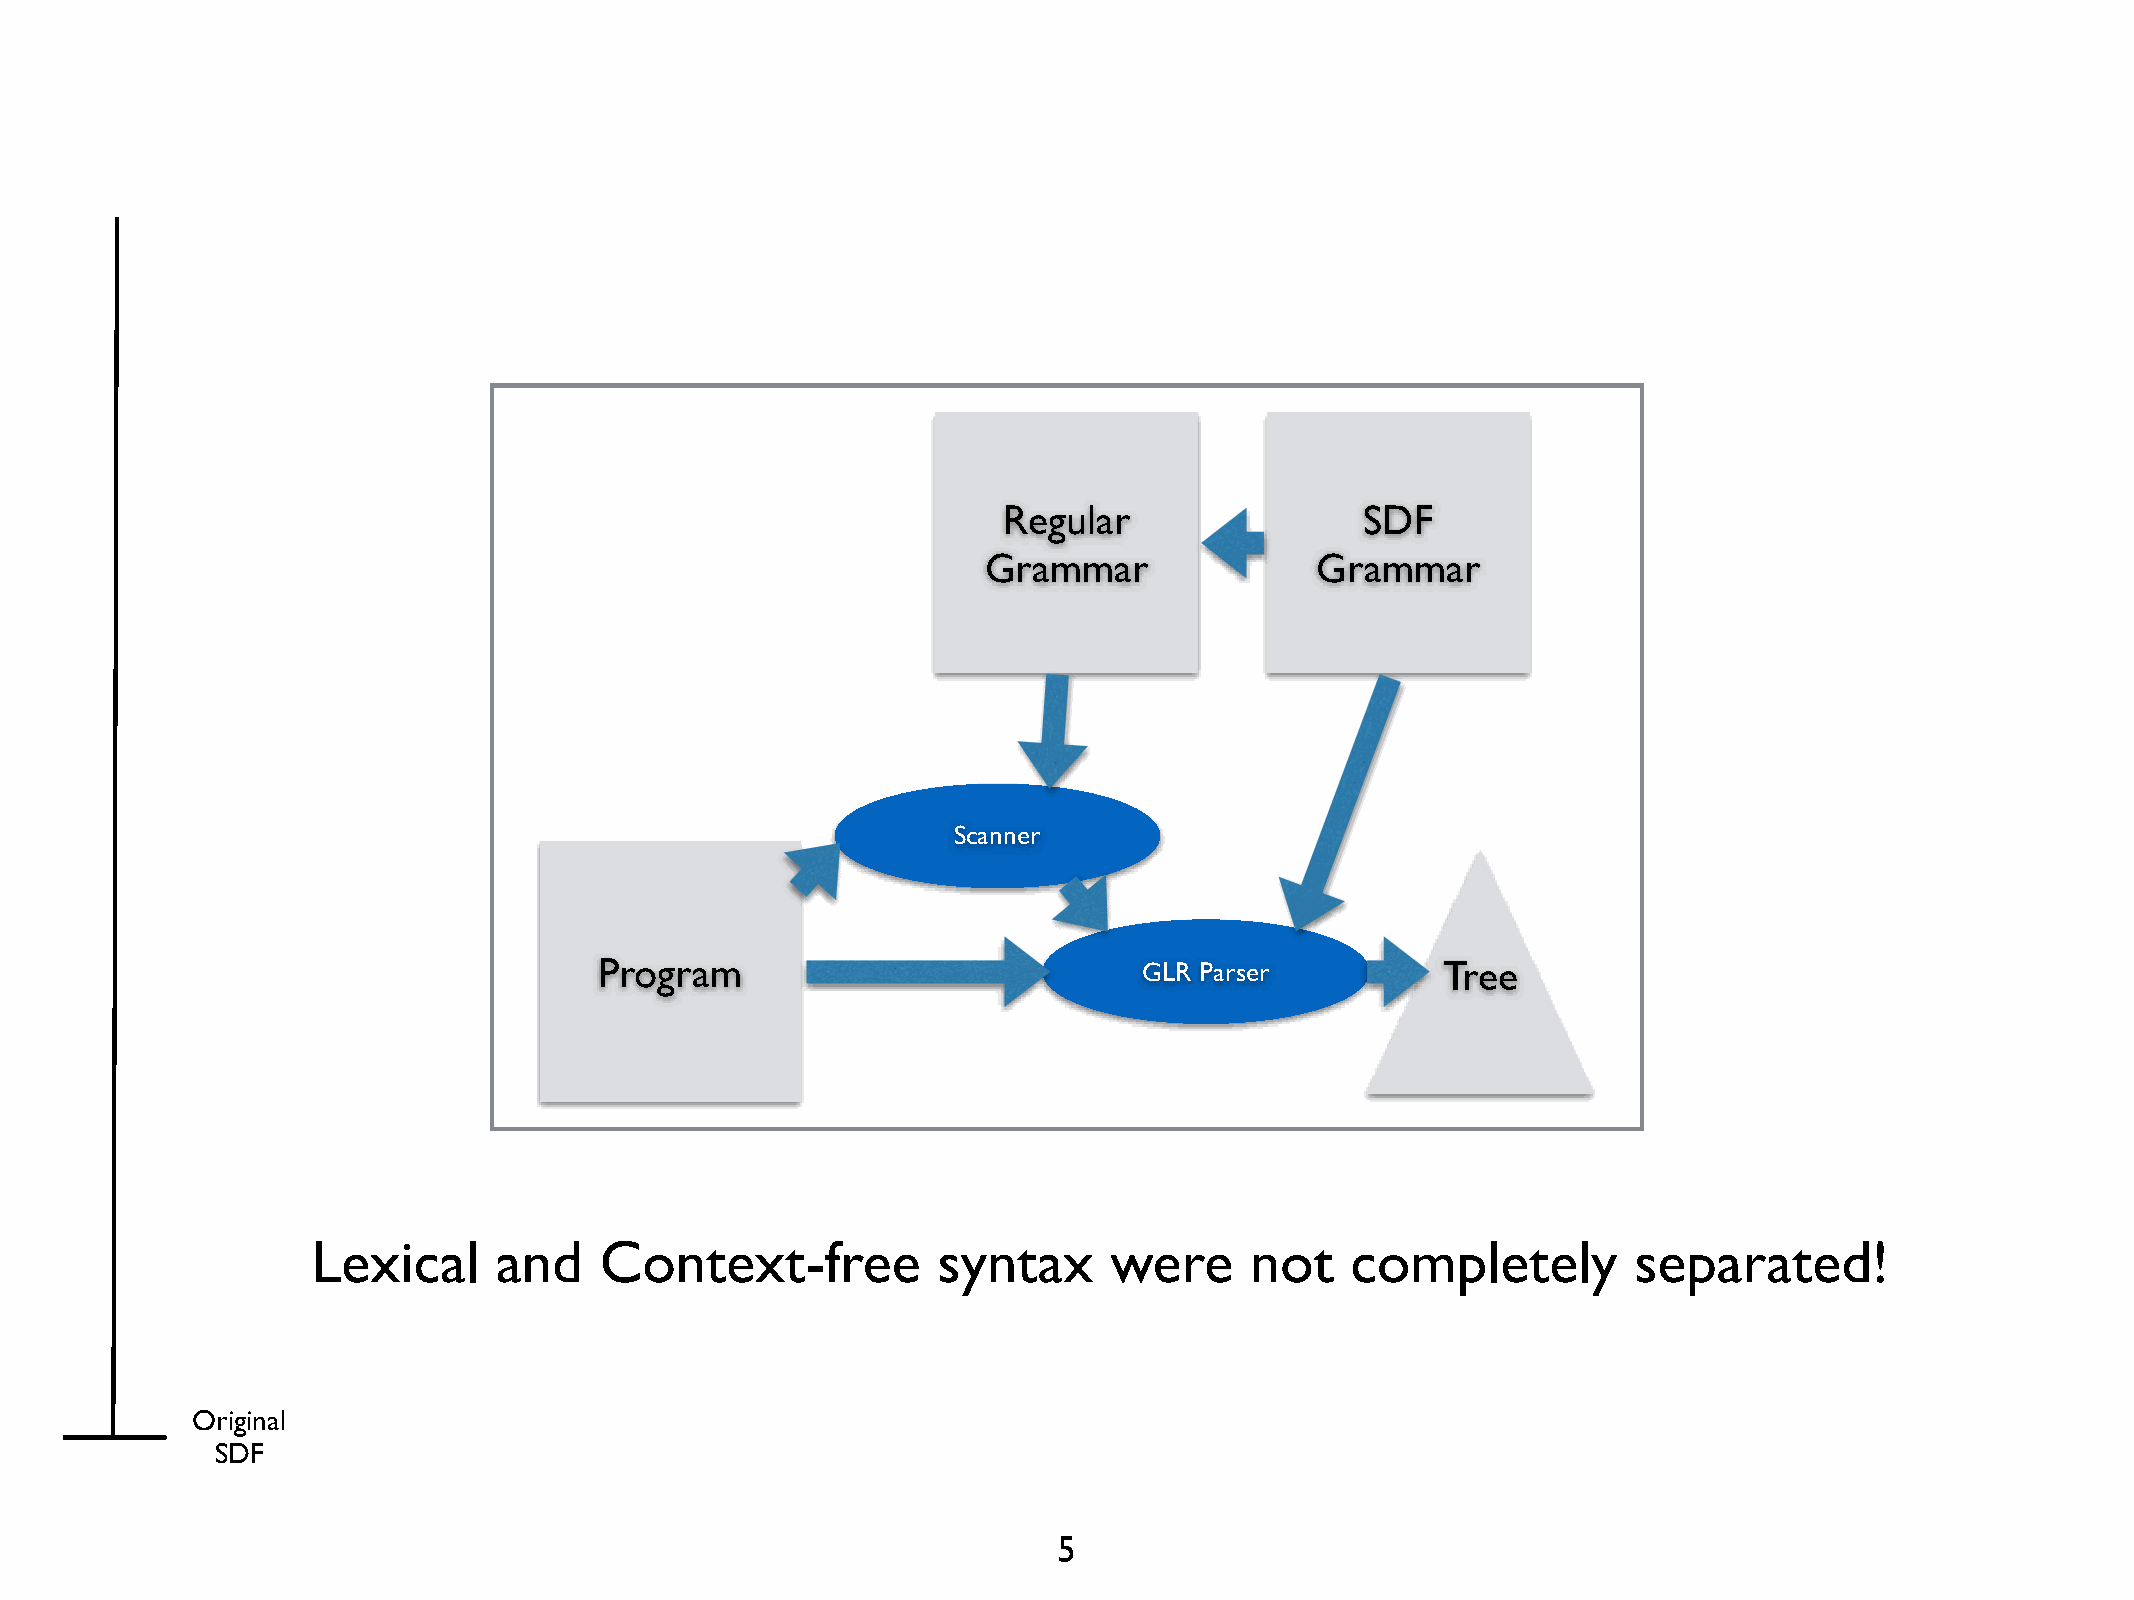
Regular                 SDF
 Grammar               Grammar
 Scanner
 Program                             GLR Parser         Tree
 Lexical     and    Context-free          syntax     were      not   completely         separated!
 Original
 SDF
 5